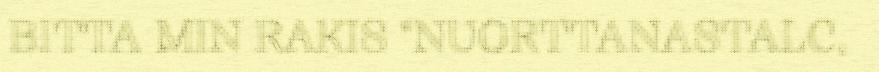
BITTA MIN RAKIS "NUORTTANASTALC,